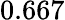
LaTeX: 0.667